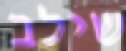
שילב